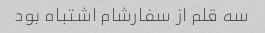
سه قلم از سفارشام اشتباه بود